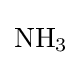
{\mathrm {NH} {\vphantom {A}}_{\smash[{t}]{3}}}